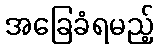
အခြေခံရမည့်